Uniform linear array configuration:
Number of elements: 64
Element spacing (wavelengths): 0.5
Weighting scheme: uniform
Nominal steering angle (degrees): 60
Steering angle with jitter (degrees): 61.662
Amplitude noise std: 0.05
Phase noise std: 0.05

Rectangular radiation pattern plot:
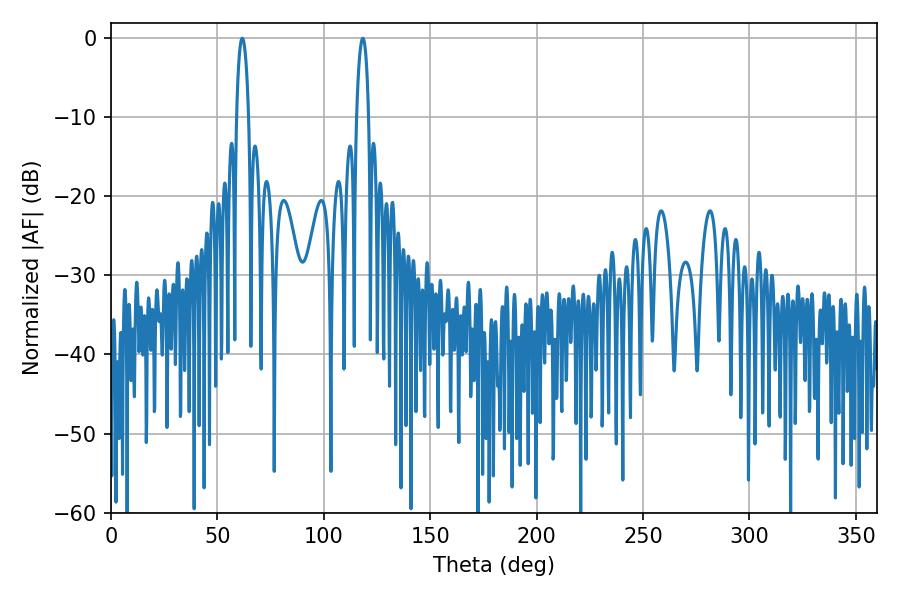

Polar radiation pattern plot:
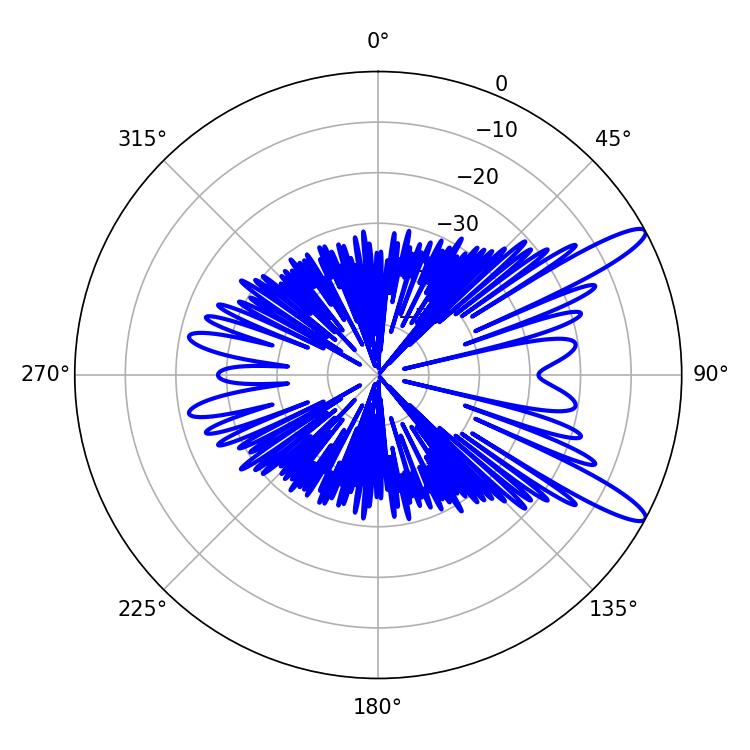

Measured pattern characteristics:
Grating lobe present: FALSE
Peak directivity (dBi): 12.444
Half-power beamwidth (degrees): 3.24
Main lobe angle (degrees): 61.74